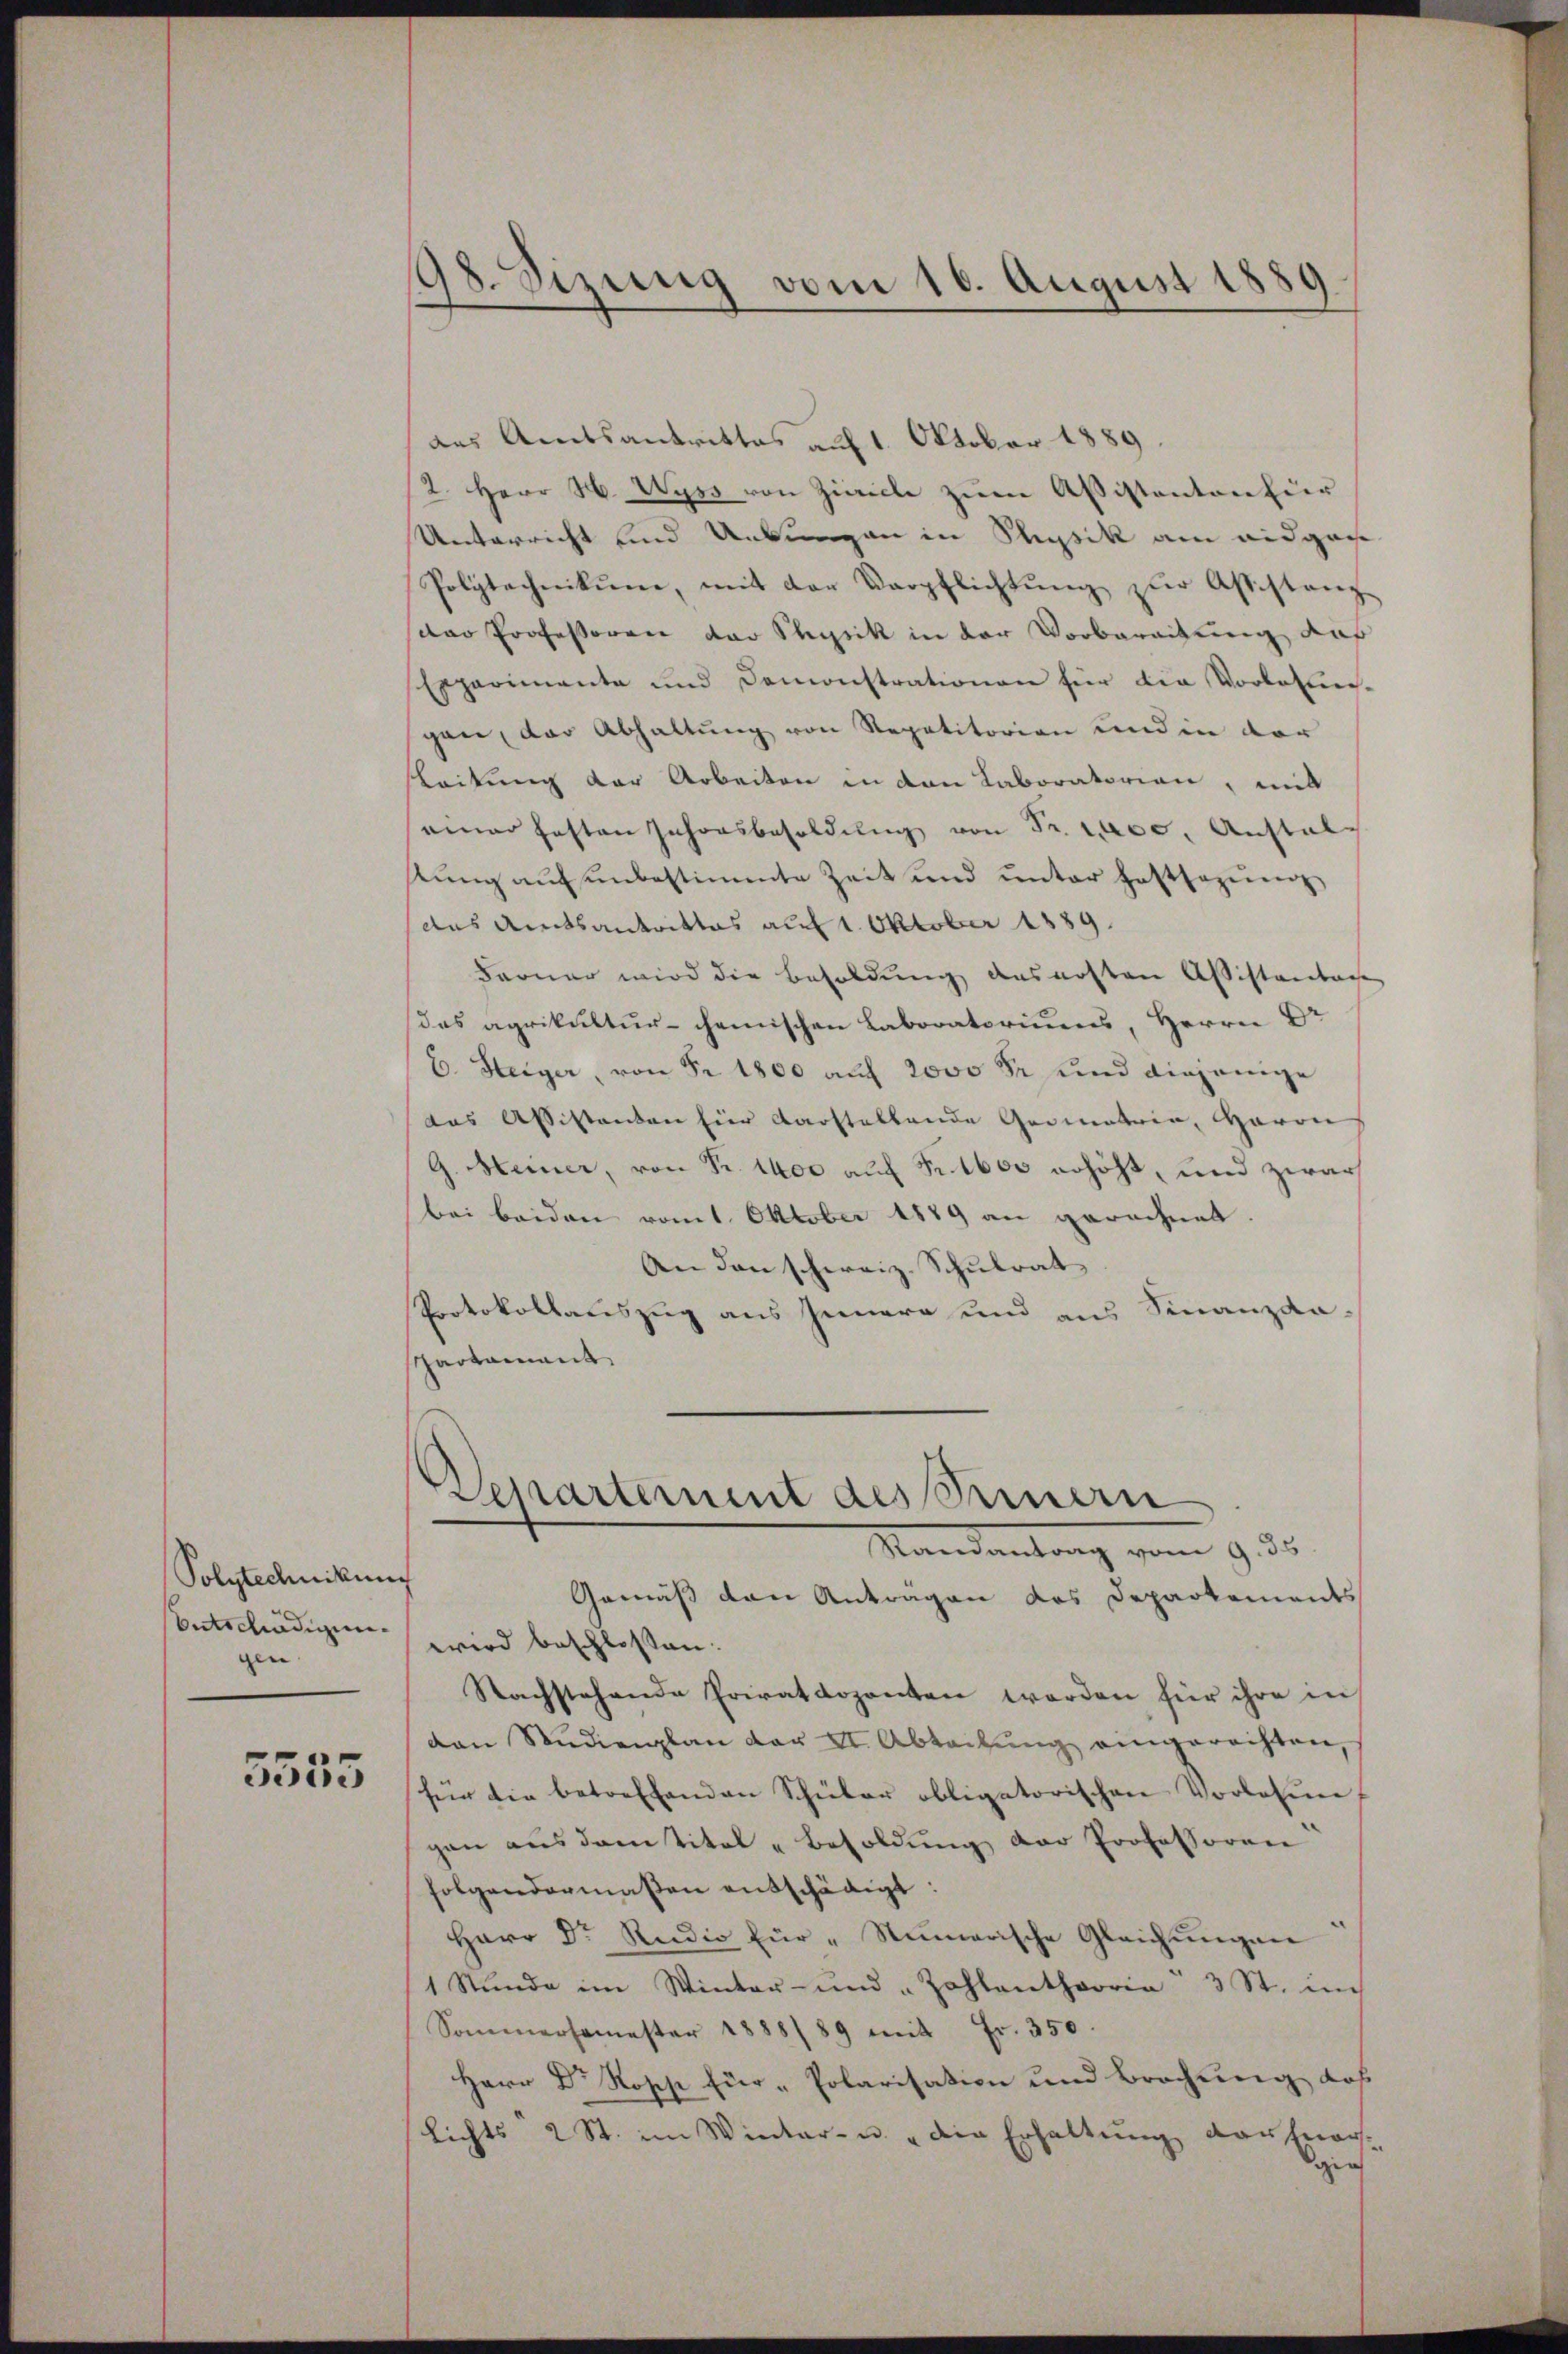
Polytechnikung
Entschädigung
gen. |

5555

98. Sizung vom 16. August 1889

das Amtsantrittes auf 1. Oktober 1889
2. Herr H. Wyss von Zivile zŭm Absistanton für
Unterricht und Uebungen in Physik am eidgan
Polytechnikum, mit der Verpflichtŭng zŭr Assistanz
das Professoren der Physik in der Vorbereitung auf
Esparimante und Demonstrationen für die Vorlesungan, der Abhaltung von Repetitorien und in der
leitung der Arbeiten in den Laboratorien, mit
einer festen Inhorsbesoldŭng von Fr. 100. Anstal
tŭng auf unbestimmte Zeit und ŭnter haftsagung
das Amtsantrittes auf 1. Oktober 1889.
Farner wird die Besoldung das ersten Assistenbache
das agrikultur- chemischen Laboratoriums, Herrn Dr
E. Steiger, von Fr. 1800 auf 2000 Fr. und diejenige
das Assistanten für darstellende Geometrie, Haron
G. Meiner, von Fr. 1400 auf Fr. 1600 erhöht, und zwar
bei beiden vom 1. Oktober 1889 an gerechnet.
An den schweiz. Schulrat
Protokollauszug aus Innern und aus Finanzda-
Schartament
Departement des Seinern
Randantrag vom 9. ds.
Gemäß den Anträgen das Departements
wird beschlossen:
Nachstehende Privatdozenten worden für ihre in
dan Studienplan der II. Abteilŭng eingerechten,
für die betreffenden Schüler obligatorischen Vorlesun-
gan aŭs dem titel "Besoldŭng der Professoren
folgendermaßen entschädigt:
Herr Dr. Studio für „Numerische Gleichungen
1 Stŭnde im Winter- und Zahlantheoria 3 St. im
Sommersemester 1888/89 mit Fr. 350.
Herr Dr Rosch für Polarisation und Brochung, daß
Lichts 2 St. im Winter- u. die Erhaltung darfnar-
gin